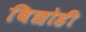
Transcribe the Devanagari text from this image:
बिछोही